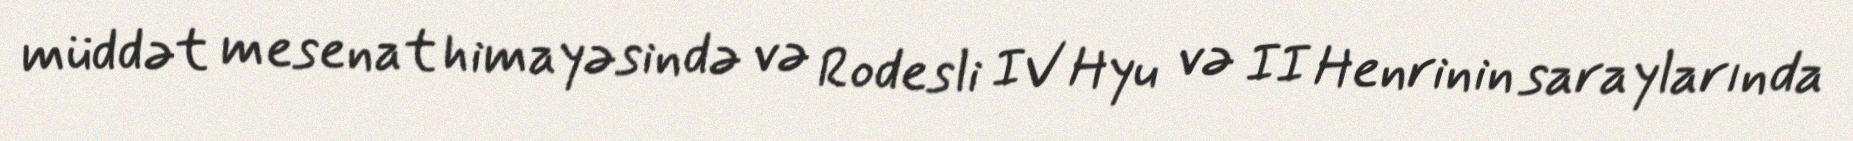
müddət mesenat himayəsində və Rodesli IV Hyu və II Henrinin saraylarında